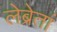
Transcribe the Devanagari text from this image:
लेब्रेतां